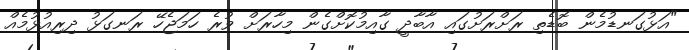
"އަޅުގަނޑުމެން ބޮޑެތި ރަށްރަށުގައި އާބާދީ ގާއިމުކޮށްގެން މިހާރަށް ވުރެ ހަމަޖެހޭ ރަނގަޅު ދިރިއުޅުމެއް